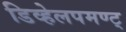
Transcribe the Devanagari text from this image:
डिव्हेलपमण्ट्